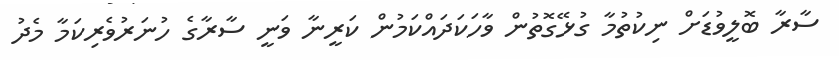
ސާރާ ބޮލީވުޑަށް ނިކުތުމާ ގުޅޭގޮތުން ވާހަކަދައްކަމުން ކަރީނާ ވަނީ ސާރާގެ ހުނަރުވެރިކަމާ މެދު